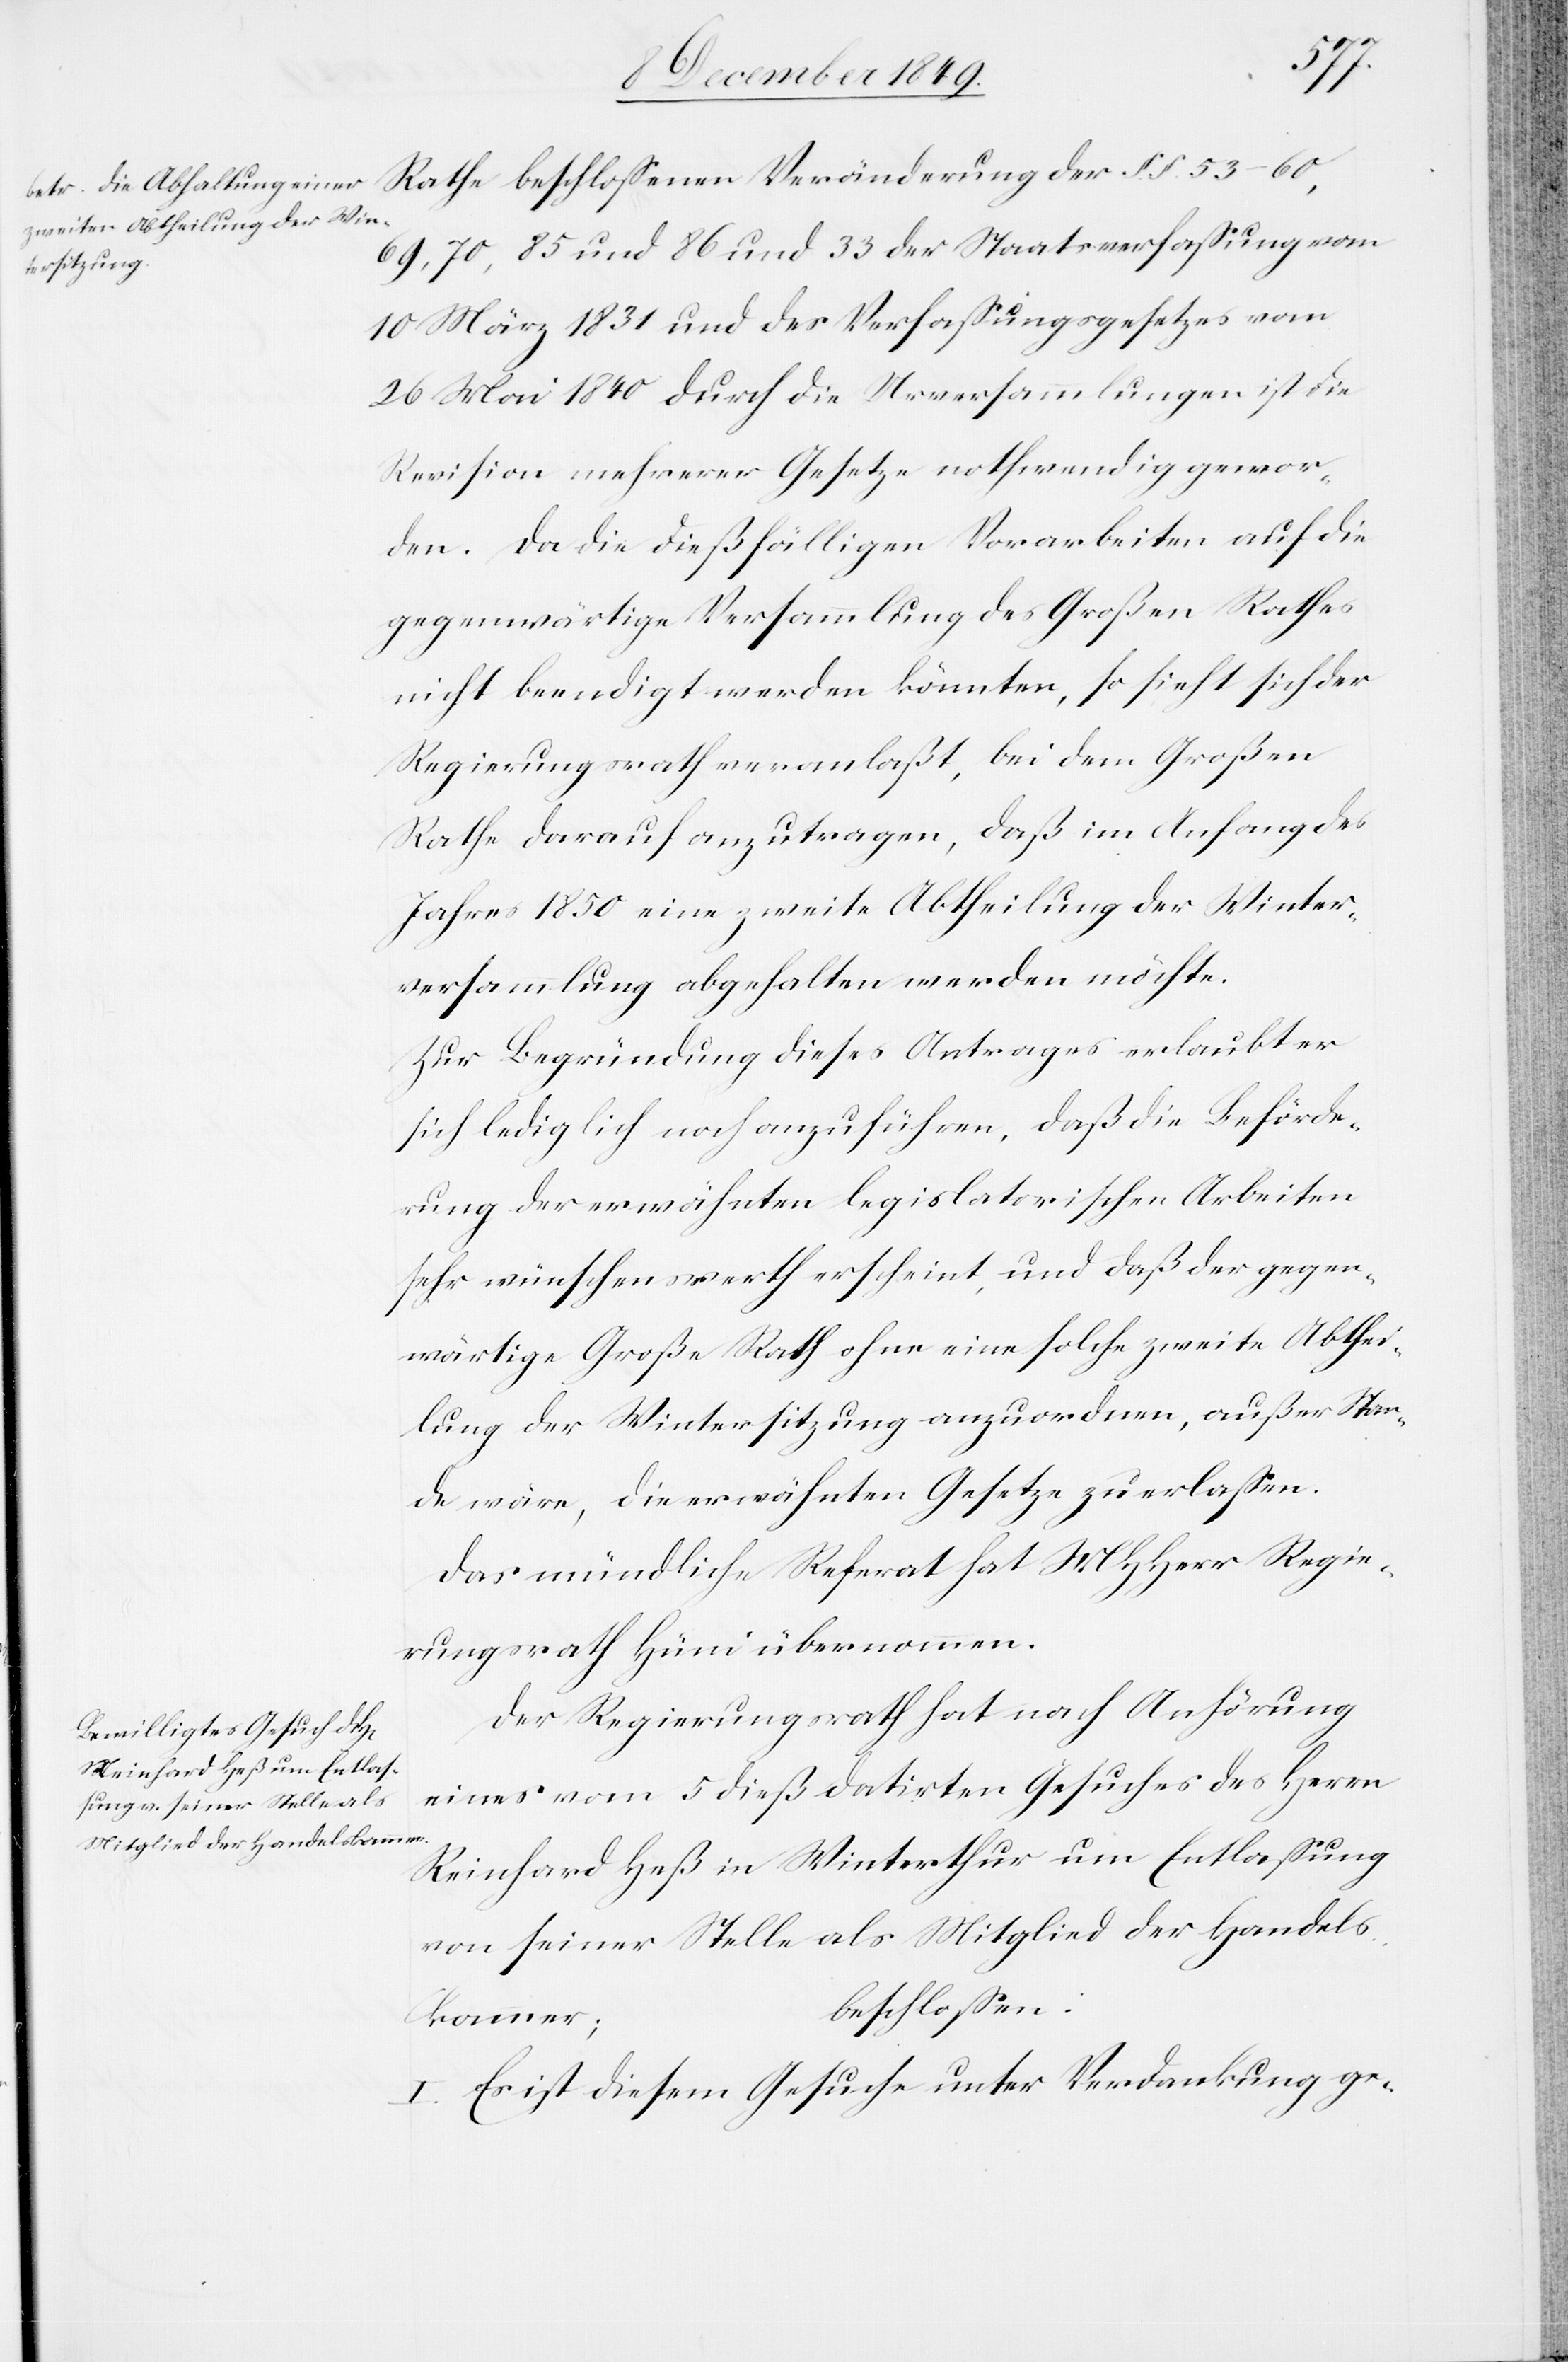
Stan¬
69, 70, 85 und 86 und 33 der Staatsverfaßung vom
10 März 1831 und des Verfaßungsgesetzes vom
26 Mai 1840 durch die Urversammlungen ist die
Revision mehrerer Gesetze nothwendig gewor¬
den. Da die dießfälligen Vorarbeiten auf die
gegenwärtige Versammlung des Großen Rathes
nicht beendigt werden könnten, so sieht sich der
Regierungsrath veranlaßt, bei dem Großen
Rathe darauf anzutragen, daß im Anfang des
Jahres 1850 eine zweite Abtheilung der Winter¬
versammlung abgehalten werden möchte.
Zur Begründung dieses Antrages erlaubt er
sich lediglich noch anzuführen, daß die Beförde¬
rung der erwähnten legislatorischen Arbeiten
sehr wünschenswerth erscheint, und daß der gegen¬
wärtige Große Rath ohne eine solche zweite Abthei¬
de wäre, die erwähnten Gesetze zu erlaßen.
Das mündliche Referat hat MHHerr Regie¬
rungsrath Hüni übernommen.
Der Regierungsrath hat nach Anhörung
eines vom 5 dieß datirten Gesuches des Herrn
Reinhard Heß in Winterthur um Entlaßung
von seiner Stelle als Mitglied der Handels¬
beschloßen:
kammer;
I. Es ist diesem Gesuche unter Verdankung ge-